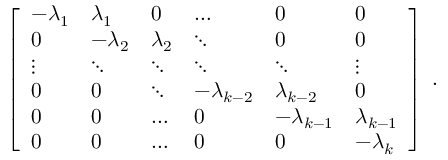
\left[ { \begin{array} { l l l l l l } { - \lambda _ { 1 } } & { \lambda _ { 1 } } & { 0 } & { \dots } & { 0 } & { 0 } \\ { 0 } & { - \lambda _ { 2 } } & { \lambda _ { 2 } } & { \ddots } & { 0 } & { 0 } \\ { \vdots } & { \ddots } & { \ddots } & { \ddots } & { \ddots } & { \vdots } \\ { 0 } & { 0 } & { \ddots } & { - \lambda _ { k - 2 } } & { \lambda _ { k - 2 } } & { 0 } \\ { 0 } & { 0 } & { \dots } & { 0 } & { - \lambda _ { k - 1 } } & { \lambda _ { k - 1 } } \\ { 0 } & { 0 } & { \dots } & { 0 } & { 0 } & { - \lambda _ { k } } \end{array} } \right] \; .